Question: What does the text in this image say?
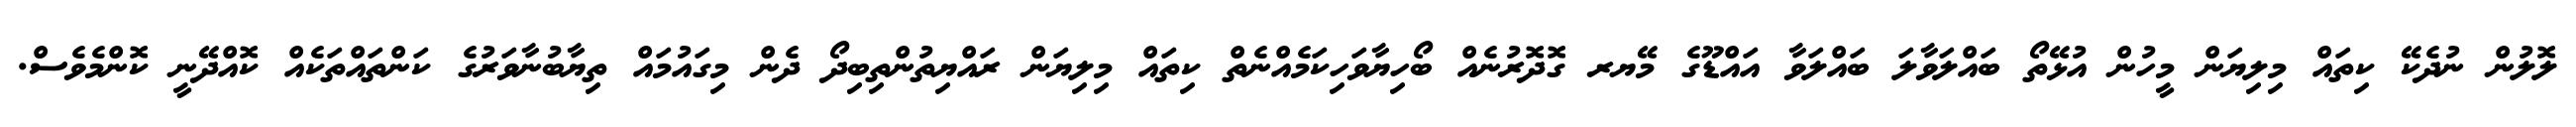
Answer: ލޮލުން ނުދެކޭ ކިތައް މިލިޔަން މީހުން އުޅޭތޯ ބައްލަވާލަ ބައްލަވާ އައްޑޫގެ މޭޔރ ގޮދޮރުނެއް ބޯހިޔާވަހިކަމެއްނެތް ކިތައް މިލިޔަން ރައްޔިތުންތިބިދޯ ދެން މިގައުމައް ތިޔާބުނާވަރުގެ ކަންތައްތަކެއް ކޮއްދޭނީ ކޮންމެވެސް.